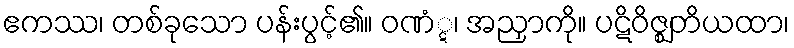
ဧကဿ၊ တစ်ခုသော ပန်းပွင့်၏။ ဝဏံ္ဋ၊ အညှာကို။ ပဋိဝိဇ္ဈတိယထာ၊